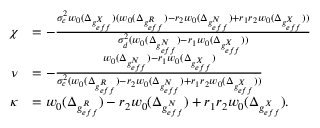
\begin{array} { r l } { \chi } & { = - \frac { \sigma _ { c } ^ { 2 } w _ { 0 } ( \Delta _ { g _ { e f f } ^ { X } } ) ( w _ { 0 } ( \Delta _ { g _ { e f f } ^ { R } } ) - r _ { 2 } w _ { 0 } ( \Delta _ { g _ { e f f } ^ { N } } ) + r _ { 1 } r _ { 2 } w _ { 0 } ( \Delta _ { g _ { e f f } ^ { X } } ) ) } { \sigma _ { d } ^ { 2 } ( w _ { 0 } ( \Delta _ { g _ { e f f } ^ { N } } ) - r _ { 1 } w _ { 0 } ( \Delta _ { g _ { e f f } ^ { X } } ) ) } } \\ { \nu } & { = - \frac { w _ { 0 } ( \Delta _ { g _ { e f f } ^ { N } } ) - r _ { 1 } w _ { 0 } ( \Delta _ { g _ { e f f } ^ { X } } ) } { \sigma _ { c } ^ { 2 } ( w _ { 0 } ( \Delta _ { g _ { e f f } ^ { R } } ) - r _ { 2 } w _ { 0 } ( \Delta _ { g _ { e f f } ^ { N } } ) + r _ { 1 } r _ { 2 } w _ { 0 } ( \Delta _ { g _ { e f f } ^ { X } } ) ) } } \\ { \kappa } & { = w _ { 0 } ( \Delta _ { g _ { e f f } ^ { R } } ) - r _ { 2 } w _ { 0 } ( \Delta _ { g _ { e f f } ^ { N } } ) + r _ { 1 } r _ { 2 } w _ { 0 } ( \Delta _ { g _ { e f f } ^ { X } } ) . } \end{array}